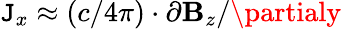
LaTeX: \mathtt{J}_{x}\approx(c/4\pi)\cdot\partial\mathbf{B}_{z}/\partialy